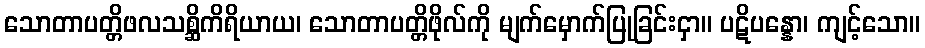
သောတာပတ္တိဖလသစ္ဆိကိရိယာယ၊ သောတာပတ္တိဖိုလ်ကို မျက်မှောက်ပြုခြင်းငှာ။ ပဋိပန္နော၊ ကျင့်သော။